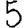
Digit: 5